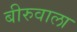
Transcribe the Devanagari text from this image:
बीरुवाला